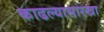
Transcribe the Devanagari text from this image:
काढल्यासारखा